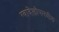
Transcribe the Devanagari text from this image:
ग्वादेलोपमधील